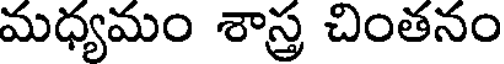
మధ్యమం శాస్త్ర చింతనం